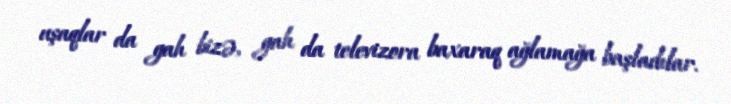
uşaqlar da gah bizə, gah da televizora baxaraq ağlamağa başladılar.